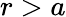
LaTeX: r>a